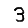
Digit: 3